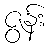
ဇွန်း